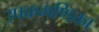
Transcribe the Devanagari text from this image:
उपक्रमणिका